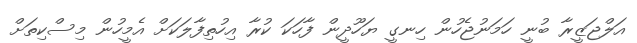
އަލްޖަޒީރާ ބުނީ ހަމަނުޖެހުން ހިނގީ ޔަހޫދީން ފާހަކަ ކުރާ އިހުތިފާލަކަށް އެމީހުން މިސްކިތަށް